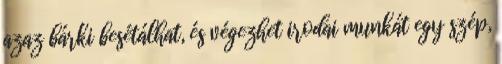
azaz bárki besétálhat, és végezhet irodai munkát egy szép,